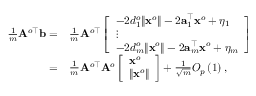
\begin{array} { r l } { \frac { 1 } { m } { \bf A } ^ { o \top } { \bf b } = } & { \frac { 1 } { m } { \bf A } ^ { o \top } \left[ \begin{array} { l } { - 2 d _ { 1 } ^ { o } \| { \bf x } ^ { o } \| - 2 { \bf a } _ { 1 } ^ { \top } { \bf x } ^ { o } + \eta _ { 1 } } \\ { \vdots } \\ { - 2 d _ { m } ^ { o } \| { \bf x } ^ { o } \| - 2 { \bf a } _ { m } ^ { \top } { \bf x } ^ { o } + \eta _ { m } } \end{array} \right] } \\ { = } & { \frac { 1 } { m } { \bf A } ^ { o \top } { \bf A } ^ { o } \left[ \begin{array} { l } { { \bf x } ^ { o } } \\ { \| { \bf x } ^ { o } \| } \end{array} \right] + \frac { 1 } { \sqrt { m } } O _ { p } \left( 1 \right) , } \end{array}